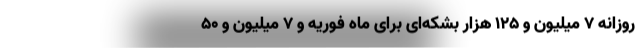
روزانه ۷ میلیون و ۱۲۵ هزار بشکه‌ای برای ماه فوریه و ۷ میلیون و ۵۰